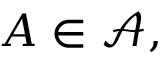
A \in { \mathcal { A } } ,